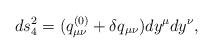
\begin{align*}ds_4^2 = (q^{(0)}_{\mu\nu}+\delta q_{\mu\nu})dy^{\mu}dy^{\nu},\end{align*}